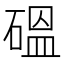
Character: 𥔋